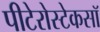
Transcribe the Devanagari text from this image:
पीटेरोस्टेकसॉ